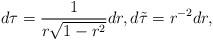
LaTeX: \begin{align*}d \tau = \frac{1}{r \sqrt{1-r^2}} dr, d \tilde{\tau} = r^{-2} dr,\end{align*}